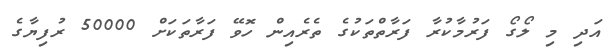
އަދި މި ލޯގޯ ފަރުމާކުރާ ފަރާތްތަކުގެ ތެރެއިން ހޮވޭ ފަރާތަކަށް 50000 ރުފިޔާގެ